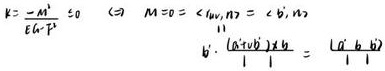
\[
k = \frac{-M^{\dagger}}{\sum b \cdot P} \leq 0 \quad (\Rightarrow) \quad M = 0 = \langle l_{uv}, n \rangle = \langle b', n \rangle \\
b': \begin{pmatrix} a + \sqrt{2}b \\ 1 \end{pmatrix} \times b = \begin{pmatrix} a & b \\ 0 & 1 \end{pmatrix}
\]